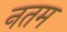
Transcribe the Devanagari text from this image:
नतम